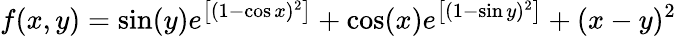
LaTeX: f(x,y)=\sin(y)e^{\left[(1-\cos x)^{2}\right]}+\cos(x)e^{\left[(1-\sin y)^{2}\right]}+(x-y)^{2}